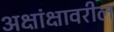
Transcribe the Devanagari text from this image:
अक्षांक्षावरील